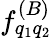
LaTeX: f_{q_{1}q_{2}}^{(B)}